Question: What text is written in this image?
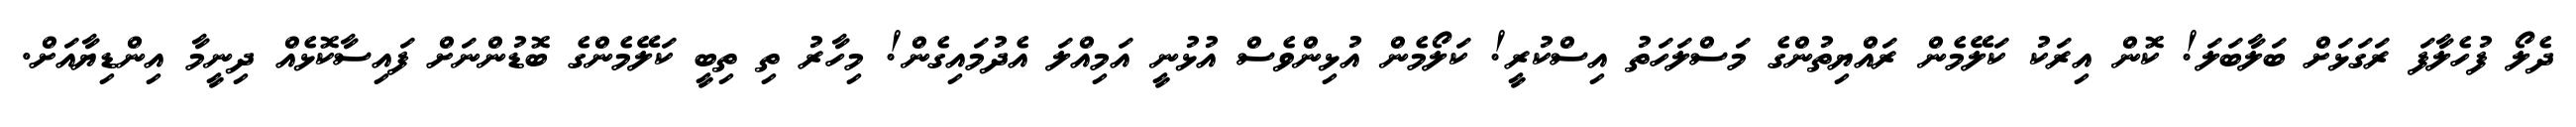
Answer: ދެލޯ ފުހެލާފަ ރަގަޅަށް ބަލާބަލަ! ކޮން އިރަކު ކަލޭމެން ރައްޔިތުންގެ މަސްލަހަތު އިސްކުރީ! ކަލޯމެން އުޅިންވެސް އުޅުނީ އަމިއްލަ އެދުމައިގެން! މިހާރު ތި ތިބީ ކަލޭމެންގެ ބޮޑުންނަށް ފައިސާކޮޅެއް ދިނީމާ އިންޑިޔާއަށް.